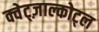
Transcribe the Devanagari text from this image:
क्वेट्ज़ाल्कोट्ल